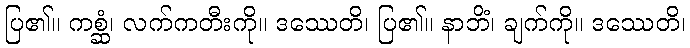
ပြ၏။ ကစ္ဆံ၊ လက်ကတီးကို။ ဒဿေတိ၊ ပြ၏။ နာဘိံ၊ ချက်ကို။ ဒဿေတိ၊